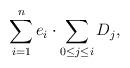
LaTeX: \begin{align*}\sum _{i=1}^n e_i \cdot \sum _{0\leq j\leq i}D_j ,\end{align*}